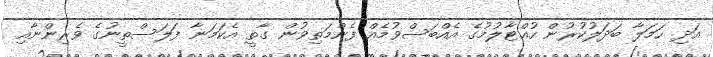
އަދި ހަމަލާ ބަދަލުކުރުން ހުއްޓާލުމުގެ އެއްބަސްވުމެއް ފެންމަތިވުން ގާތީ އެކަމަނާ ފަލަސްތީނުގެ ވެރިންނާއި